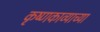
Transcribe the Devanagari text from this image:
कृष्णकाव्याच्या